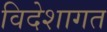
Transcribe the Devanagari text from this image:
विदेशागत